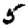
Digit: 5